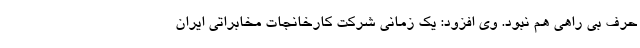
حرف بی راهی هم نبود. وی افزود: یک زمانی شرکت کارخانجات مخابراتی ایران